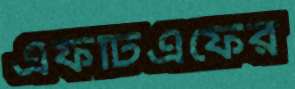
এফটিএফের